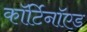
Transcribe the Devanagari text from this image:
कॉर्टिनॉएड